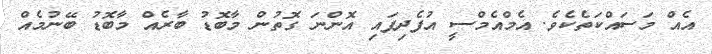
އެއް މަސައްކަތެކެވެ. އެމްއެމްސީ އުފެދިފައި އޮންނަ ގޮތުން މާބޮޑު ބާރެއް މާބޮޑު ބޭނުމެއް